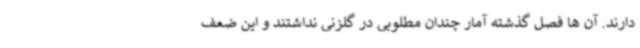
دارند. آن ها فصل گذشته آمار چندان مطلوبی در گلزنی نداشتند و این ضعف